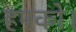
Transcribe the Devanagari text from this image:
हमको।